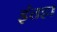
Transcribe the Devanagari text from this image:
इंतहा